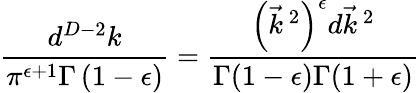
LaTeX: \frac{d^{D-2}k}{\pi^{\epsilon+1}\Gamma\left(1-\epsilon\right)}=\frac{\left(\vec{k}^{~2}\right)^{\epsilon}d\vec{k}^{~2}}{\Gamma(1-\epsilon)\Gamma(1+\epsilon)}